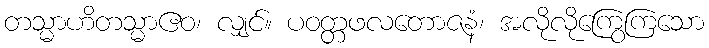
တသ္မာဟိတသ္မာဧဝ၊ လျှင်။ ပဝတ္တဖလတောဇနံ၊ အလိုလိုကြွေကြသော